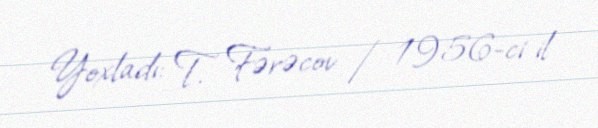
Yoxladı: T. Fərəcov / 1956-ci il